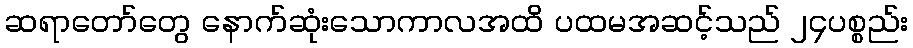
ဆရာတော်တွေ နောက်ဆုံးသောကာလအထိ ပထမအဆင့်သည် ၂၄ပစ္စည်း